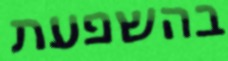
בהשפעת